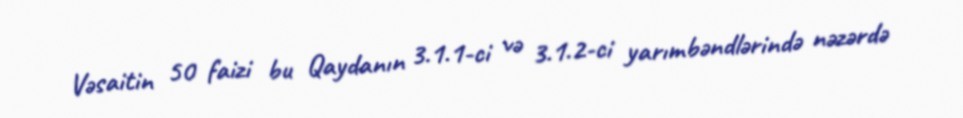
Vəsaitin 50 faizi bu Qaydanın 3.1.1-ci və 3.1.2-ci yarımbəndlərində nəzərdə